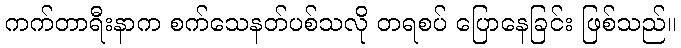
ကက်တာရီးနာက စက်သေနတ်ပစ်သလို တရစပ် ပြောနေခြင်း ဖြစ်သည်။